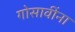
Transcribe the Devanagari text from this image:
गोसावींना